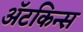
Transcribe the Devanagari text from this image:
अॅटकिन्स